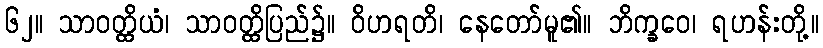
၆၂။ သာဝတ္ထိယံ၊ သာဝတ္ထိပြည်၌။ ဝိဟရတိ၊ နေတော်မူ၏။ ဘိက္ခဝေ၊ ရဟန်းတို့။